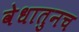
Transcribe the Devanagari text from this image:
वेधातुनच